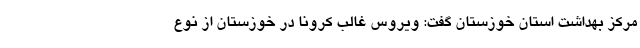
مرکز بهداشت استان خوزستان گفت: ویروس غالب کرونا در خوزستان از نوع